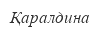
Қаралдина